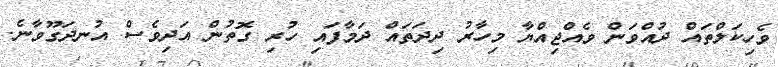
ވެހިކަލްތައް ދުއްވަން ވެއްޖިއްޔާ މިހާރު ދިދަތައް ދަމާފައި ހުރި ގޮތުން އަދިވެސް އުނދަގޫވާނެ.